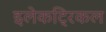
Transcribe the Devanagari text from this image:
इलेकट्रिकल